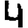
Digit: 4